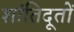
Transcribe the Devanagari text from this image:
शांतिदूतों